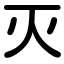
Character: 灭